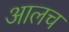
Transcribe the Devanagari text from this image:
आलच